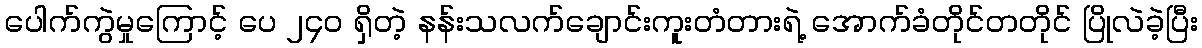
ပေါက်ကွဲမှုကြောင့် ပေ ၂၄၀ ရှိတဲ့ နန်းသလက်ချောင်းကူးတံတားရဲ့ အောက်ခံတိုင်တတိုင် ပြိုလဲခဲ့ပြီး